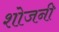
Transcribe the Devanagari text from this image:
शोजनी